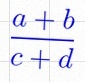
\frac{a+b}{c+d}